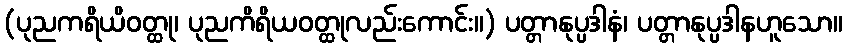
(ပုညကရိယိဝတ္ထု၊ ပုညကိရိယဝတ္ထုလည်းကောင်း။) ပတ္တာနုပ္ပဒါနံ၊ ပတ္တာနုပ္ပဒါနဟူသော။